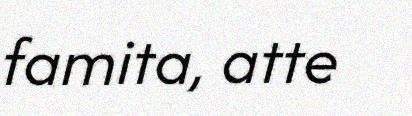
famita, atte